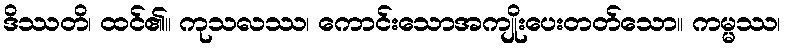
ဒိဿတိ၊ ထင်၏။ ကုသလဿ၊ ကောင်းသောအကျိုးပေးတတ်သော။ ကမ္မဿ၊